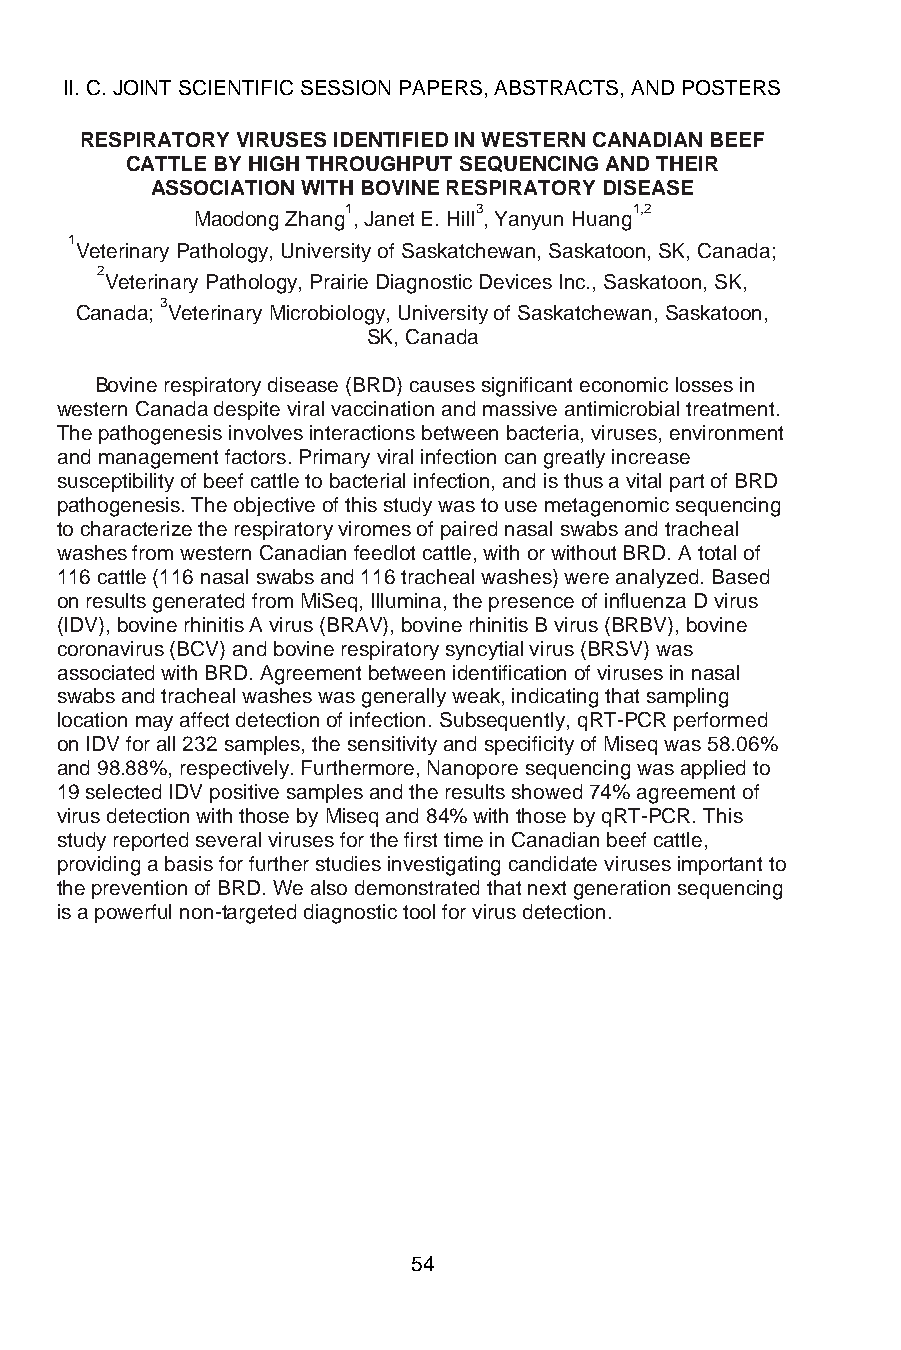
II. C. JOINT SCIENTIFIC SESSION PAPERS, ABSTRACTS, AND POSTERS
 RESPIRATORY VIRUSES IDENTIFIED IN WESTERN CANADIAN BEEF
 CATTLE BY HIGH THROUGHPUT SEQUENCING AND THEIR
 ASSOCIATION WITH BOVINE RESPIRATORY DISEASE
 1       3          1,2
 Maodong Zhang , Janet E. Hill , Yanyun Huang
 1
 Veterinary Pathology, University of Saskatchewan, Saskatoon, SK, Canada;
 2
 Veterinary Pathology, Prairie Diagnostic Devices Inc., Saskatoon, SK,
 3
 Canada; Veterinary Microbiology, University of Saskatchewan, Saskatoon,
 SK, Canada
 Bovine respiratory disease (BRD) causes significant economic losses in
 western Canada despite viral vaccination and massive antimicrobial treatment.
 The pathogenesis involves interactions between bacteria, viruses, environment
 and management factors. Primary viral infection can greatly increase
 susceptibility of beef cattle to bacterial infection, and is thus a vital part of BRD
 pathogenesis. The objective of this study was to use metagenomic sequencing
 to characterize the respiratory viromes of paired nasal swabs and tracheal
 washes from western Canadian feedlot cattle, with or without BRD. A total of
 116 cattle (116 nasal swabs and 116 tracheal washes) were analyzed. Based
 on results generated from MiSeq, Illumina, the presence of influenza D virus
 (IDV), bovine rhinitis A virus (BRAV), bovine rhinitis B virus (BRBV), bovine
 coronavirus (BCV) and bovine respiratory syncytial virus (BRSV) was
 associated with BRD. Agreement between identification of viruses in nasal
 swabs and tracheal washes was generally weak, indicating that sampling
 location may affect detection of infection. Subsequently, qRT-PCR performed
 on IDV for all 232 samples, the sensitivity and specificity of Miseq was 58.06%
 and 98.88%, respectively. Furthermore, Nanopore sequencing was applied to
 19 selected IDV positive samples and the results showed 74% agreement of
 virus detection with those by Miseq and 84% with those by qRT-PCR. This
 study reported several viruses for the first time in Canadian beef cattle,
 providing a basis for further studies investigating candidate viruses important to
 the prevention of BRD. We also demonstrated that next generation sequencing
 is a powerful non-targeted diagnostic tool for virus detection.
 54